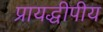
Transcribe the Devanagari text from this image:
प्रायद्धीपीय